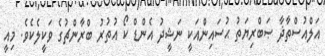
އަލްއުސްތާޛާ ޞަބްރިޔަތު ޙުސައިންއަކީ ނަޝީދު އެންޑް ކޯ އުތުރު ބްރާންޗުގެ ވަކީލެކެވެ. މިއީ